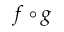
f \circ g